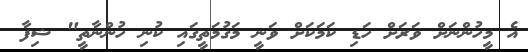
އެ މީހުންނަށް ވަރަށް ހަޑި ކަމަކަށް ވަނީ މަގުމަތީގައި ކުނި ހުންނާތީ" ޝިފާ